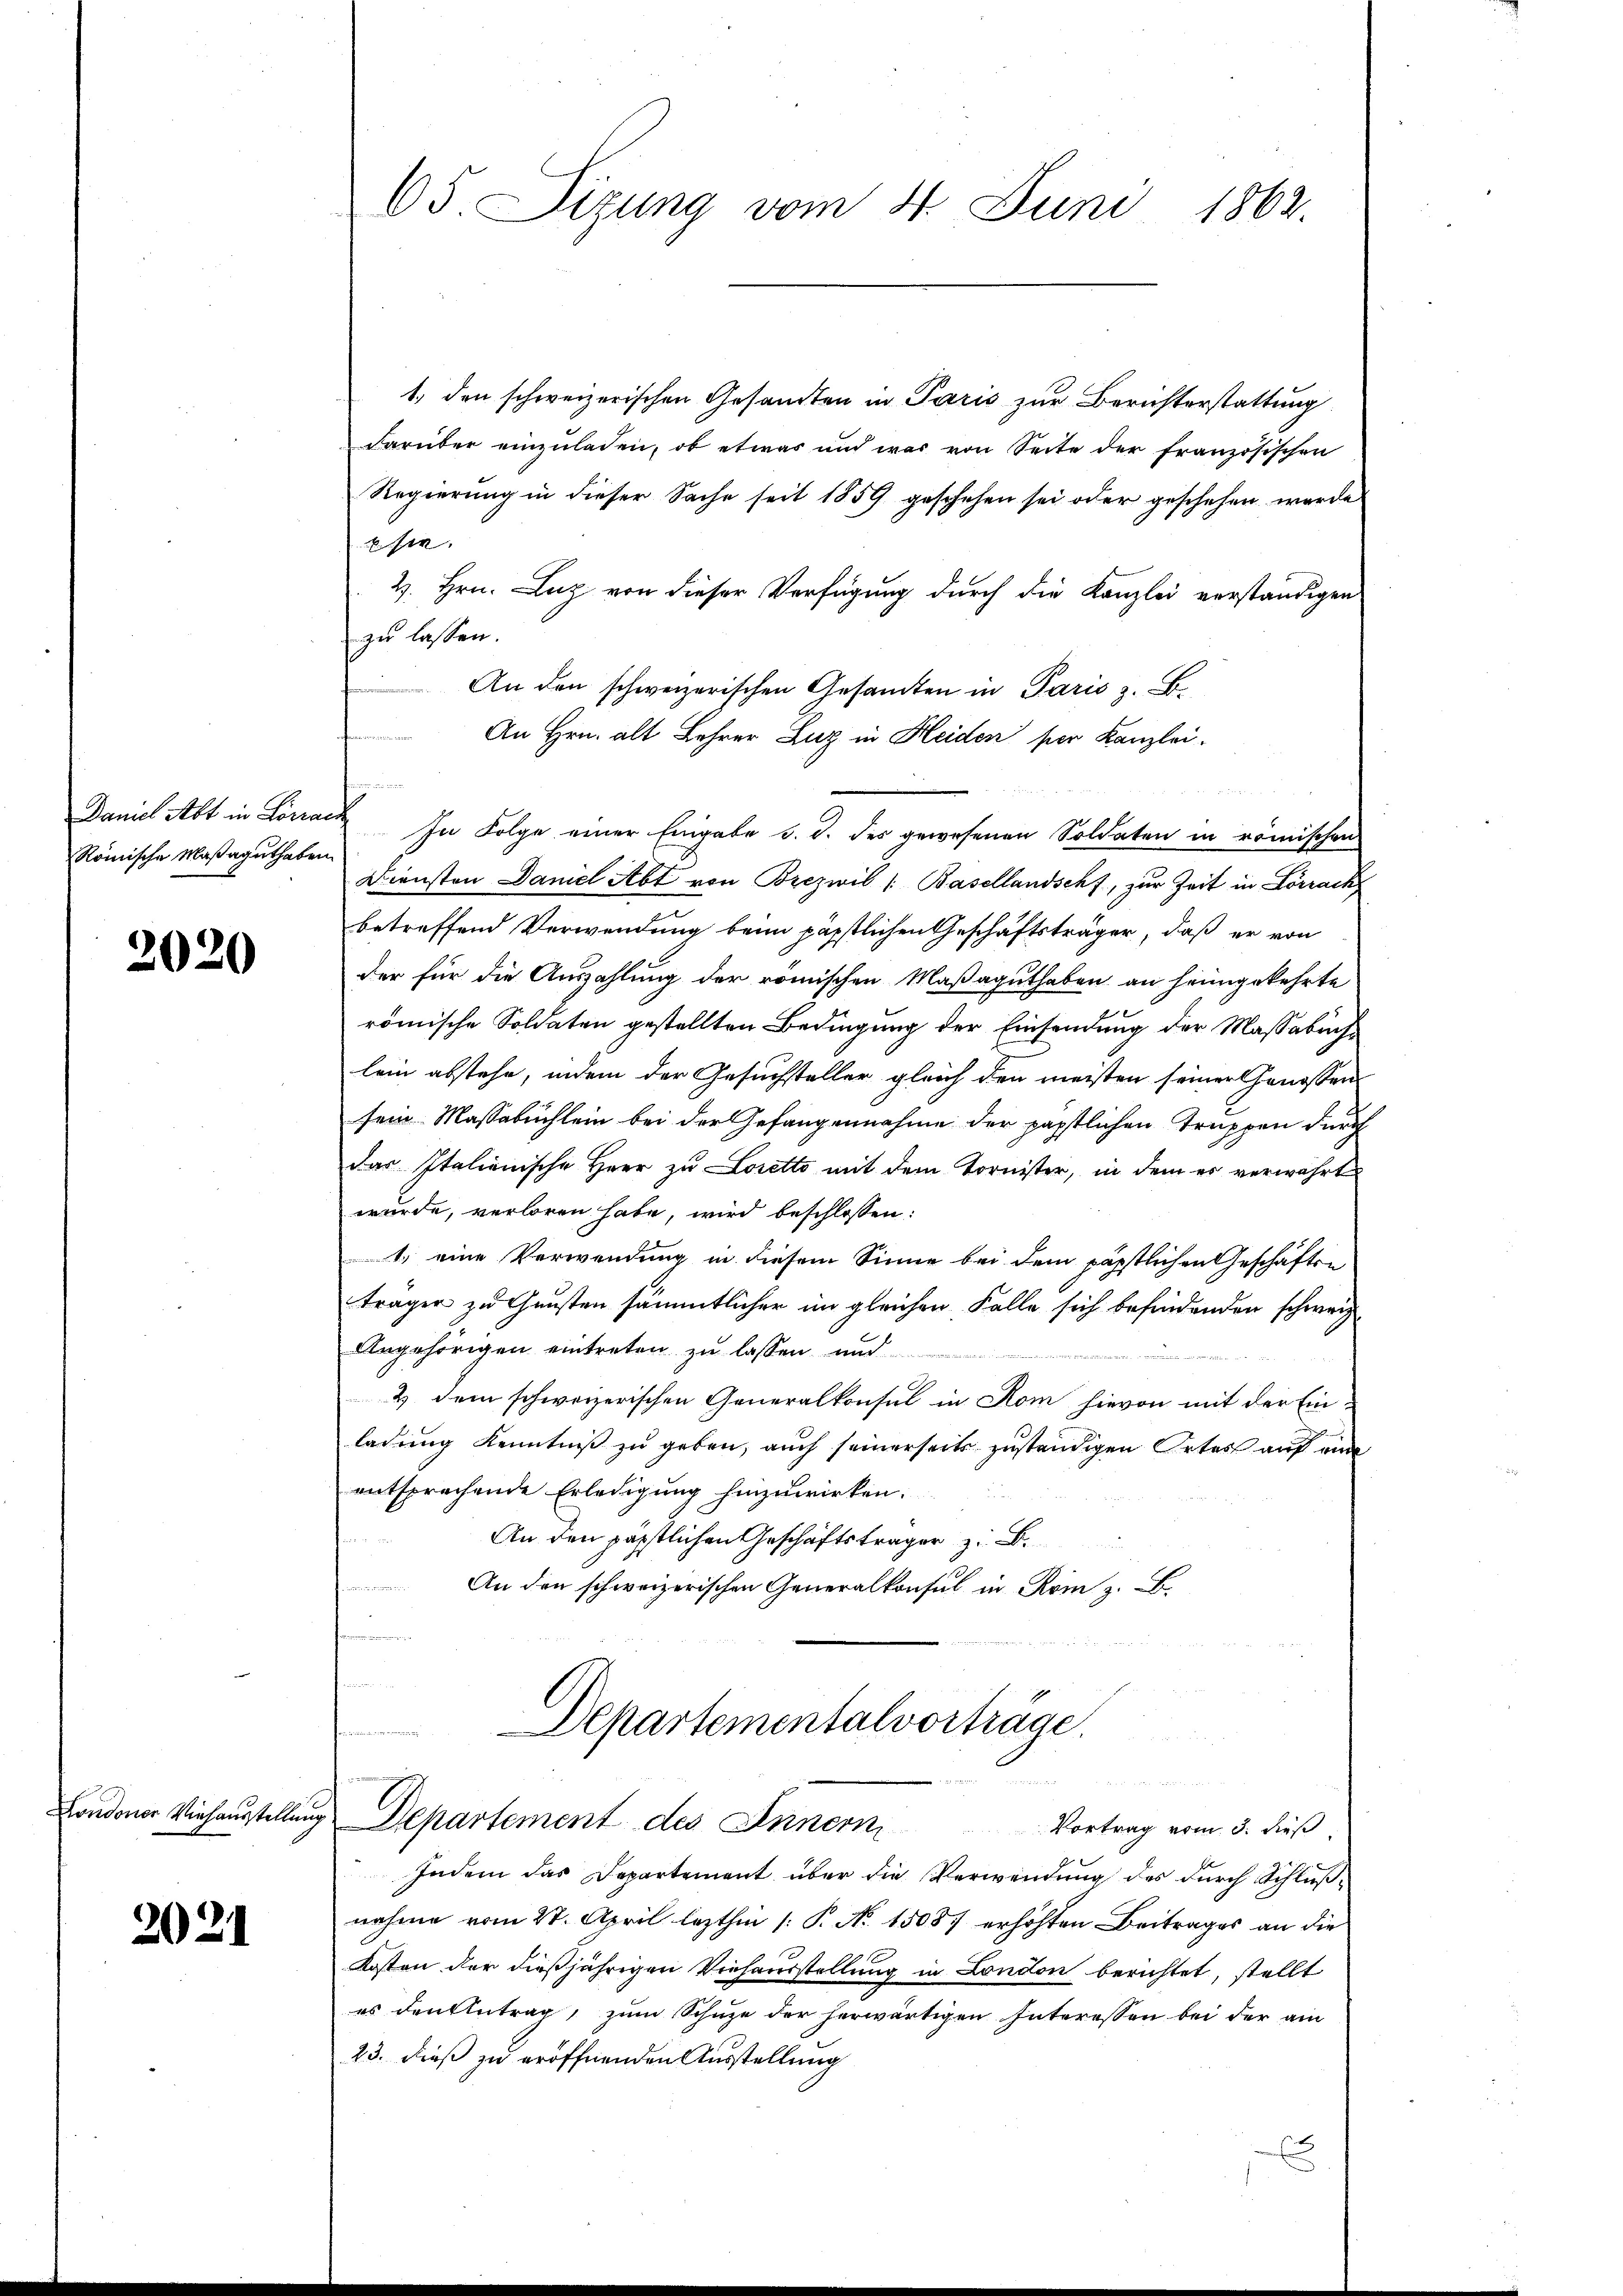
Daniel Abt in Lörra
Römische Maßaguthabe

2020

Condoner Viehausstellen

2021

65 Sizung vom 4. Juni 1862.

1. den schweizerischen Gesandten in Paris zur Berichterstattung
darüber einzuladen, ob etwas und war von Seite der französischen
Regierung in dieser Sache seit 1859 geschehen sei oder geschehen wurde
sie.
4. Hrn. Luz von dieser Verfügung durch die Kanzlei verständigen
zu lassen.
An den schweizerischen Gesandten in Paris z. B.
An Hrn. alt Lehrer Zug in Heiden ser Kanzlei.
gegange
 In Folge einer Eingabe d. d. des gewesenen Soldaten in römischen
t
Diensten Damel Abt von Brezwil ( Basellandschf, zur Zeit in Lörrack
betreffend Verwendung beim päpstlichen Geschäftsträger, daß er von
der für die Auszahlung der römischen Maßaguthaben an heimgekehrte
römische Soldaten gestellten Bedingung der Einsendung der Massabuchlein abstehe, indem der Gesuchsteller gleich den meisten seiner Genossen
sein Massabuchlein bei der Gefangennahme der päpstlichen Truppen durch
das Italienische Herr zu Loretto mit dem Tornister, in dem er verwahrt
wurde, verloren habe, wird beschlossen:
1.) eine Verwendung in diesem Sinne bei dem päpstlichen Geschäften
tragen zu Gunsten sämmtlicher im gleichen Falle sich befindenden schweiz
Angehörigen eintreten zu lassen und
, wie des
& dem schweizerischen Generalkonsul in Rom hievon mit der Einladung Kenntniß zu geben, auch seinerseits zuständigen Ortes auf eine
entsprechende Erledigung hinzuwirken.
An den päpstlichen Geschäftsträger z. B.
An den schweizerischen Generalkonsul in Rom z. B.
  der der Materie |

Departementalvorträge.

un
Departement des Innern Vortrag vom 3. dieß

Indem das Departement über die Verwendung des durch Schlußnahme vom 27. April lezthin |: P. No. 1508 erhöhten Beitrages an die
Kosten der dießjährigen Viehausstellung in London berichtet, stellt
es den Antrag, zum Schuze der herwärtigen Interessen bei der am
23. dieß zu eröffnenden Ausstellung